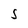
Character: S